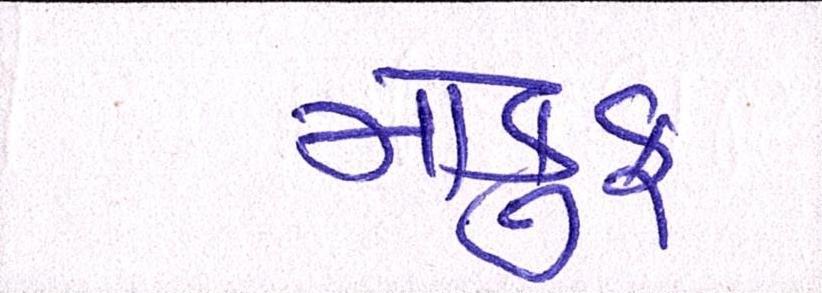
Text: મોકુફ